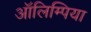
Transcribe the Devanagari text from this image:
ऑलिम्पिया